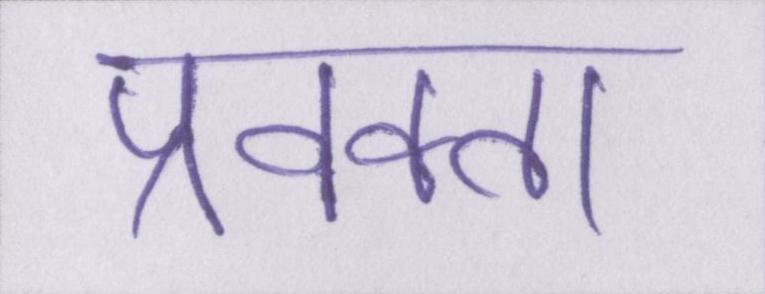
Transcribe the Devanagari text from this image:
प्रवक्ता